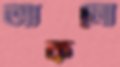
আকলো